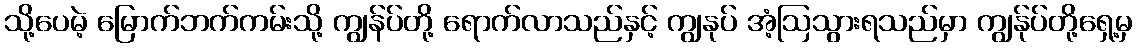
သို့ပေမဲ့ မြောက်ဘက်ကမ်းသို့ ကျွန်ပ်တို့ ရောက်လာသည်နှင့် ကျွနုပ် အံ့ဩသွားရသည်မှာ ကျွန်ုပ်တို့ရှေ့မှ